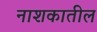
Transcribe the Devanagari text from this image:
नाशकातील